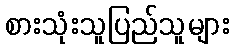
စားသုံးသူပြည်သူများ